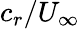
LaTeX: c_{r}/U_{\infty}